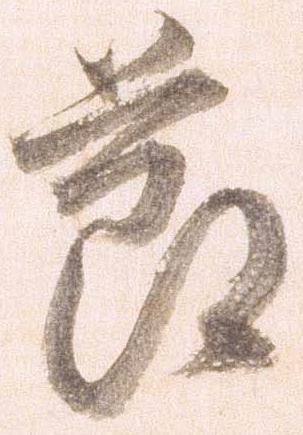
節